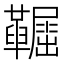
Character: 𩍞